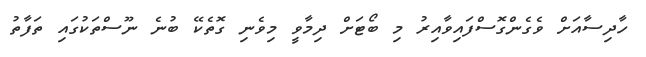
ހާދިސާއަށް ވެގެންގޮސްފައިވާއިރު މި ބޯޓަށް ދިމާވީ މިވެނި ގޮތެކޭ ބުނެ ނޫސްތަކުގައި ތަފާތު